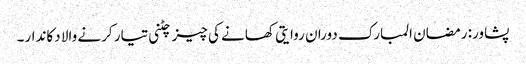
پشاور: رمضان المبارک دوران روایتی کھانے کی چیز چٹنی تیار کرنے والا دکاندار۔